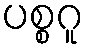
ပစ္စဂူ